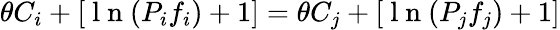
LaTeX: \theta C_{i}+\left[\mathrm{~l~n~}(P_{i}f_{i})+1\right]=\theta C_{j}+\left[\mathrm{~l~n~}(P_{j}f_{j})+1\right]